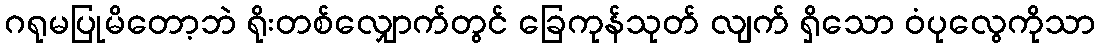
ဂရုမပြုမိတော့ဘဲ ရိုးတစ်လျှောက်တွင် ခြေကုန်သုတ် လျက် ရှိသော ဝံပုလွေကိုသာ